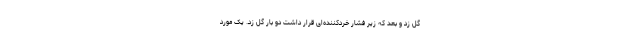
گل زد و بعد که زیر فشار خردکننده‌ای قرار داشت دو بار گل زد. یک مورد